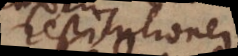
restitutionem